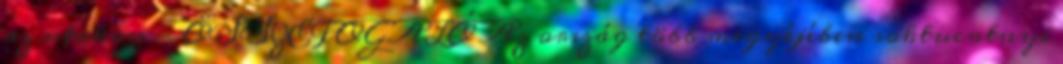
az utakon - ÖSSZEFOGALÓ Az ország több megyéjében soktucatnyi